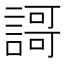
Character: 謌